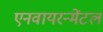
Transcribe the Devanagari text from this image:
एनवायरन्मेंटल